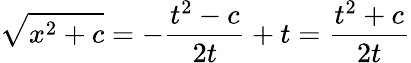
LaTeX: {\sqrt{x^{2}+c}}=-{\frac{t^{2}-c}{2t}}+t={\frac{t^{2}+c}{2t}}